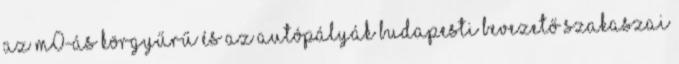
az M0-ás körgyűrű és az autópályák budapesti bevezető szakaszai